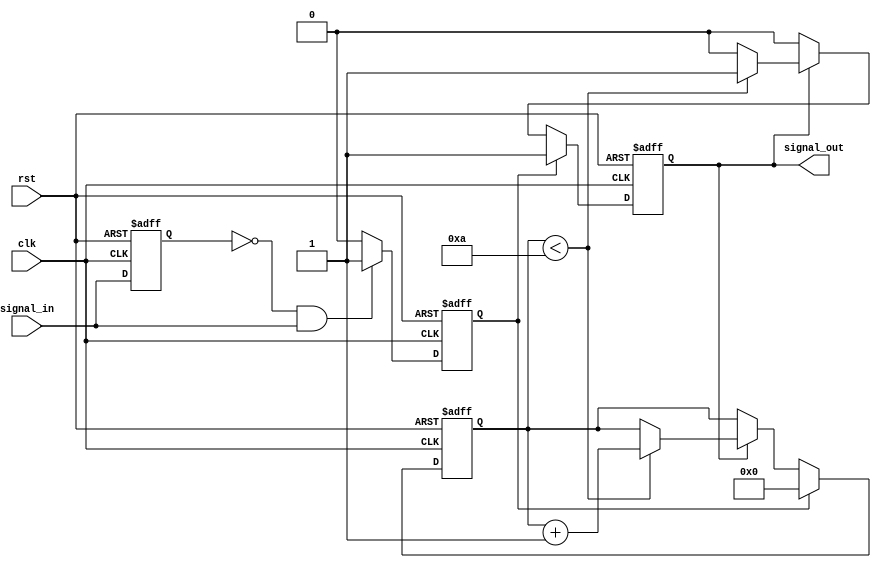
module monostable_edge_detector #(
    parameter PULSE_WIDTH = 10, // Pulse width in clock cycles
    parameter DETECT_RISING = 1, // Enable rising edge detection
    parameter DETECT_FALLING = 0 // Enable falling edge detection
) (
    input wire clk,                // System clock
    input wire rst,                // Reset signal
    input wire signal_in,          // Input signal to detect edges
    output reg signal_out          // Output pulse signal
);

reg signal_in_prev;              // Previous state of the input signal
reg [3:0] pulse_counter;         // Counter to generate pulse width
reg edge_detected;               // To indicate an edge has been detected

// Edge detection
always @(posedge clk or posedge rst) begin
    if (rst) begin
        signal_in_prev <= 0;
        edge_detected <= 0;
    end else begin
        // Store previous signal state
        signal_in_prev <= signal_in;
        edge_detected <= 0;

        // Detect rising edge
        if (DETECT_RISING == 1 && !signal_in_prev && signal_in) begin
            edge_detected <= 1;
        end

        // Detect falling edge
        if (DETECT_FALLING == 1 && signal_in_prev && !signal_in) begin
            edge_detected <= 1;
        end
    end
end

// Pulse generation
always @(posedge clk or posedge rst) begin
    if (rst) begin
        signal_out <= 0;
        pulse_counter <= 0;
    end else begin
        if (edge_detected) begin
            signal_out <= 1;          // Assert output pulse
            pulse_counter <= 0;       // Reset pulse counter
        end else if (signal_out) begin
            if (pulse_counter < PULSE_WIDTH) begin
                pulse_counter <= pulse_counter + 1;
            end else begin
                signal_out <= 0;      // Deassert output pulse after specified width
            end
        end
    end
end

endmodule